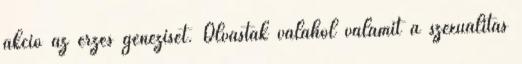
akció az érzés genezisét. Olvastak valahol valamit a szexualitás